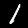
Label: 1